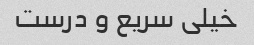
خیلی سریع و درست